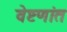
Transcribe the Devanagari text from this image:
वेष्टणांत